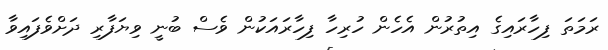
ރަމަތަ ފިހާރައިގެ އިތުރުން އެހެން ހުރިހާ ފިހާރައަކުން ވެސް ބުނީ ވިޔަފާރި ދަށްވެފައިވާ